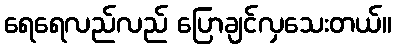
ရေရေလည်လည် ပြောချင်လှသေးတယ်။